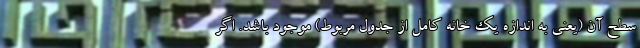
سطح آن (یعنی به اندازه یک خانه کامل از جدول مربوط) موجود باشد. اگر